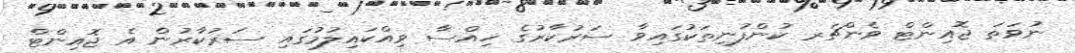
ނުވަތަ ޖޮއިންޓް ވެންޗަރ ކުންފުނިތަކުގައިވާ ސަރުކާރުގެ ހިއްސާ ވިއްކައިލުމުގައި ސަރުކާރުން އެ ޖޮއިންޓް